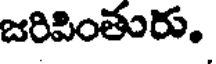
జరిపింతురు.